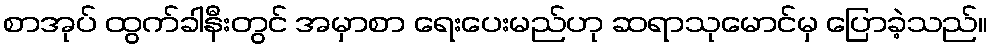
စာအုပ် ထွက်ခါနီးတွင် အမှာစာ ရေးပေးမည်ဟု ဆရာသုမောင်မှ ပြောခဲ့သည်။